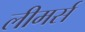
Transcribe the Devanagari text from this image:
लीमर्स